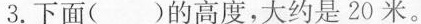
3.下面( )的高度，大约是20米。